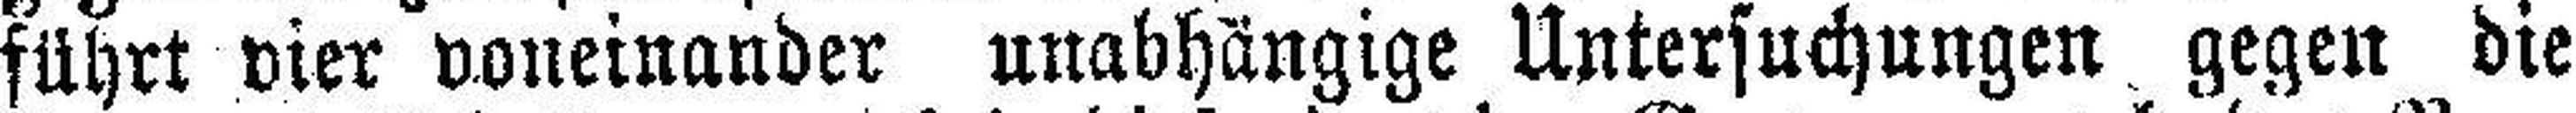
führt vier voneinander unabhängige Untersuchungen gegen die